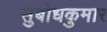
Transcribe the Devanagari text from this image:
सुबोधकुमार